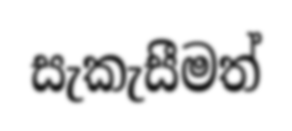
සැකැසීමත්